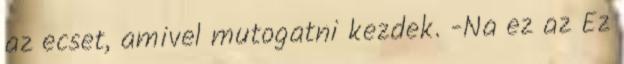
az ecset, amivel mutogatni kezdek. -Na ez az Ez